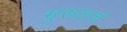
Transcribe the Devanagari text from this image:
मुरुताचे